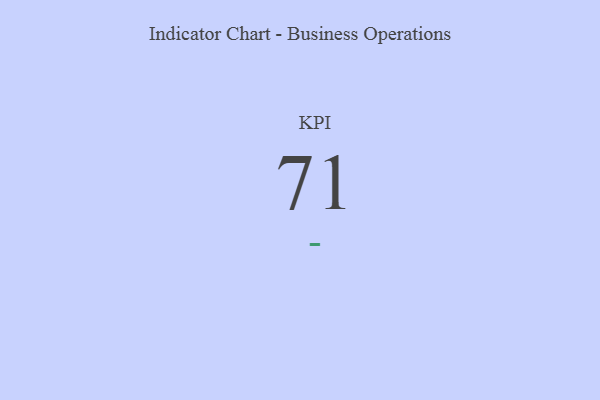
{"axis": {"x": "KPI", "y": "Value"}, "legend": [""], "data": [{"x": "KPI", "y": 71, "type": ""}]}